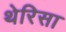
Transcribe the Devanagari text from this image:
थेरिसा